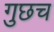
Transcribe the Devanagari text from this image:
गुछच